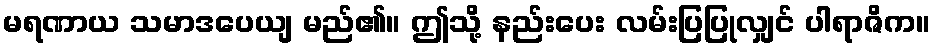
မရဏာယ သမာဒပေယျ မည်၏။ ဤသို့ နည်းပေး လမ်းပြပြုလျှင် ပါရာဇိက။